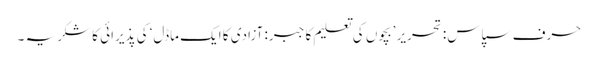
حرف سپاس: تحریر ’بچوں کی تعلیم کا جبر: آزادی کا ایک ماڈل‘ کی پذیرائی کا شکریہ ۔